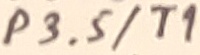
Text: P3.5/T1